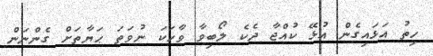
ހިތު އަޅައިގެން އުޅޭ ކުއްޖާ ދެކެ ލޯބިވާ ވާހަކަ ނުވަތަ ޙަޔާތަށް ގެންނަން